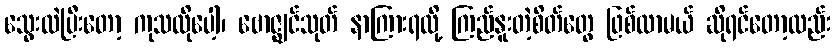
သွေးလဲပြီးတော့ ကုသလိုပေါ့၊ ဗောဇ္ဈင်သုတ် နာကြားရလို့ ကြည်နူးတဲ့စိတ်တွေ ဖြစ်လာမယ် ဆိုရင်တော့လည်း